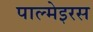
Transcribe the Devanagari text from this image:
पाल्मेइरस